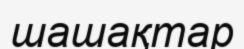
шашақтар